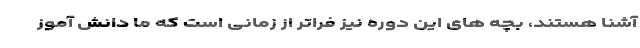
آشنا هستند، بچه های این دوره نیز فراتر از زمانی است که ما دانش آموز